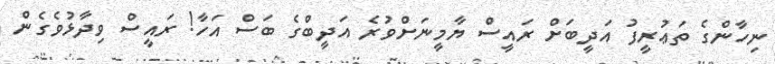
ނިހާންގެ ތަޢުރީފު އަދީބަށް ރައީސް ޔާމީނަށްވުރެ އަދީބްގެ ބަސް އަހާ! ރައީސް ވިދާޅުވެގެން